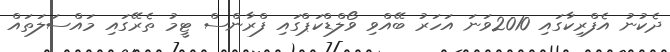
ދެކުނު އެފްރިކާގައި 2010ވަނަ އަހަރު ބޭއްވި ވޯލްޑްކަޕްގައި ފްރާންސް ޓީމު ތެރޭގައި މައްސަލަތައް